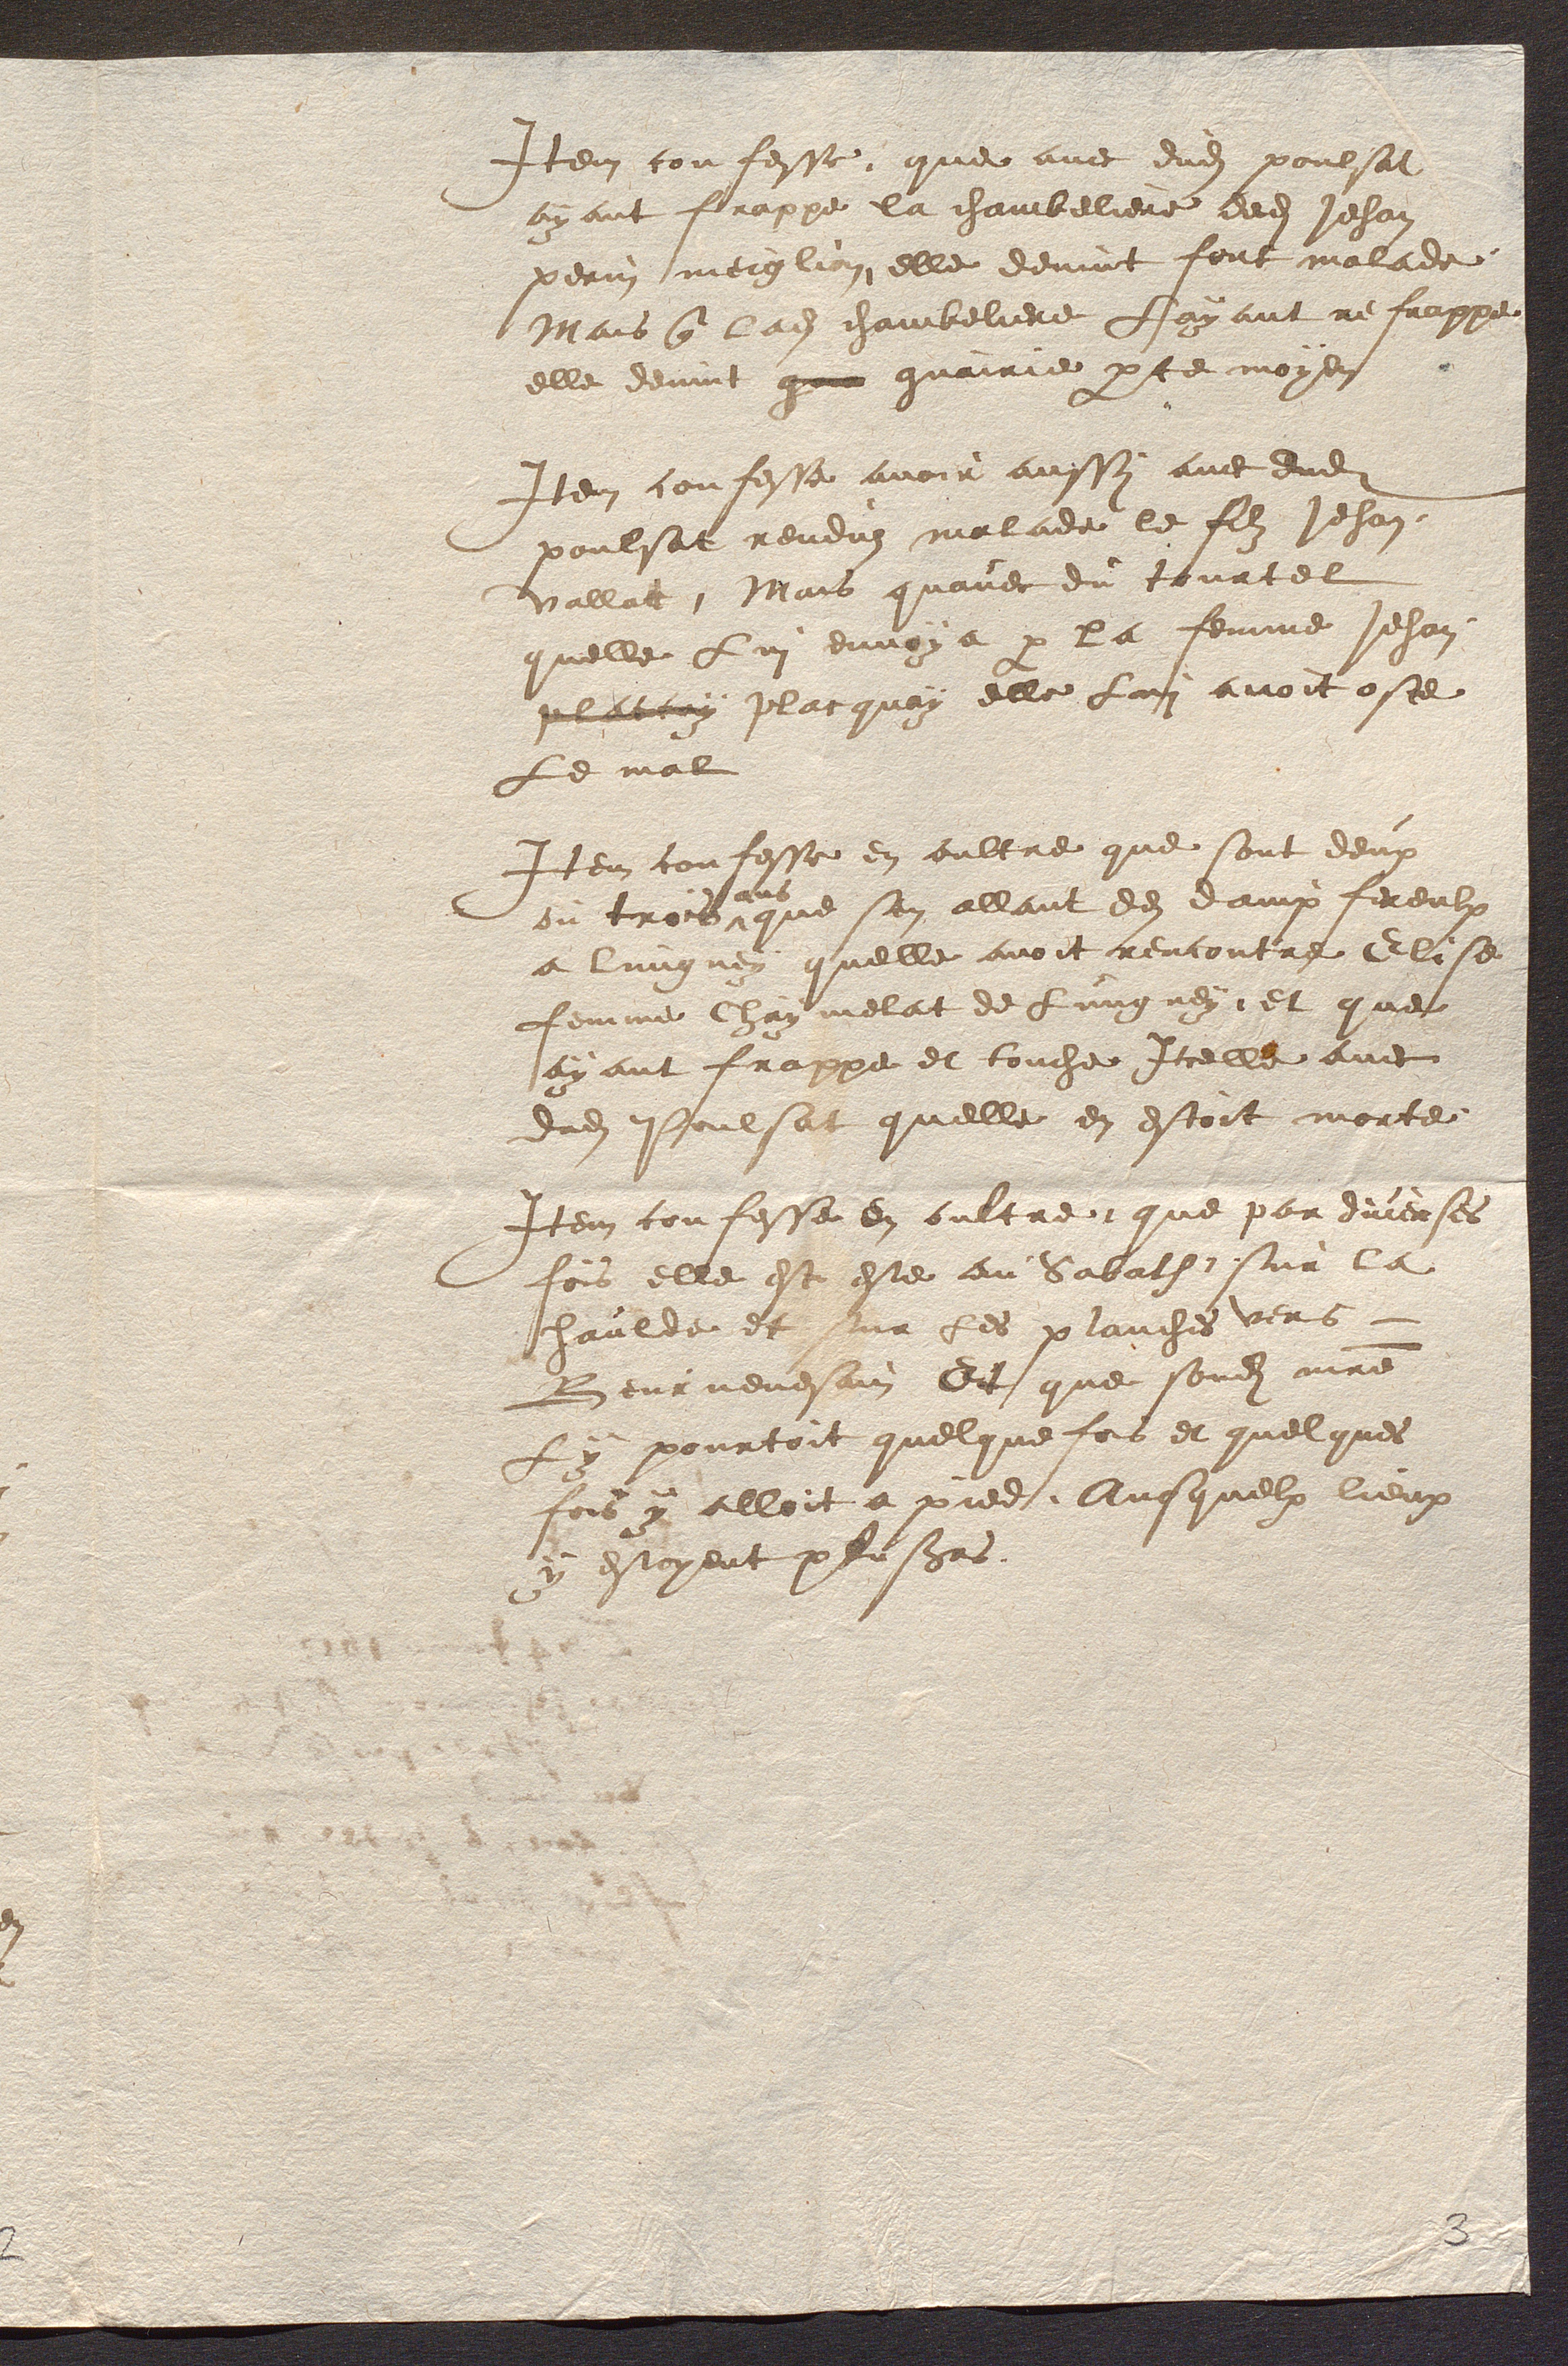
Item confesse, que avec dudit poulsat
ayant frappe la chambeliere dedit Jehan
perin meigliri elle devint fort malade
Mais que ladite chambeliere Layant refrappe
elle devint que guairie par te moyen
Item confesse avoir aussy avec dudit
poulsat rendus malade le filz Jehan.
vallat, Mais quavec du tourtel
quelle Lui envoya par la femme Jehan
placiy placquay elle Luit avoit oste
Le mal
Item confesse en oultre que sont deux
ou trois
5 ans
que sen allant des dampfereulx
a lungney quelle avoit rencontre Elise
femme Chay melat de Lungney, et que
ayant frappe et touche Icelle avec
dudit Poulsat quelle en estoit morte
Item confesse en oultre que par duverses
fois elle est este au Sabath sur la
haulde et snr les planches vers
Beurnevesain Dit que sondit maitre
y pourtoit quelque fois et quelques
fois y alloit a pied, Ausquelx lieux
y estoyent plusieurs